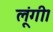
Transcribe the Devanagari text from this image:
लूंगी।